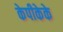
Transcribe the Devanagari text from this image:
केपीकेके